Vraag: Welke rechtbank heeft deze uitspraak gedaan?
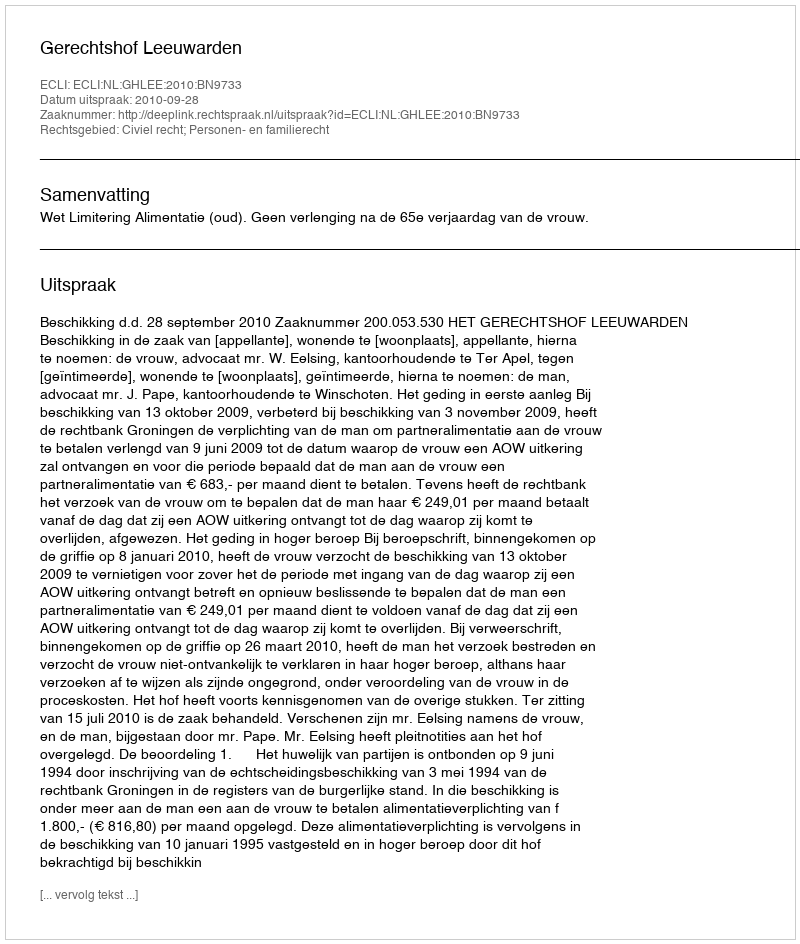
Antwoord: Gerechtshof Leeuwarden